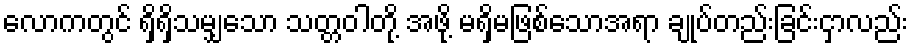
လောကတွင် ရှိရှိသမျှသော သတ္တဝါတို့ အဖို့ မရှိမဖြစ်သောအရာ ချုပ်တည်းခြင်းငှာလည်း